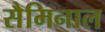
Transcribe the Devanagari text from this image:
सैमिनाल